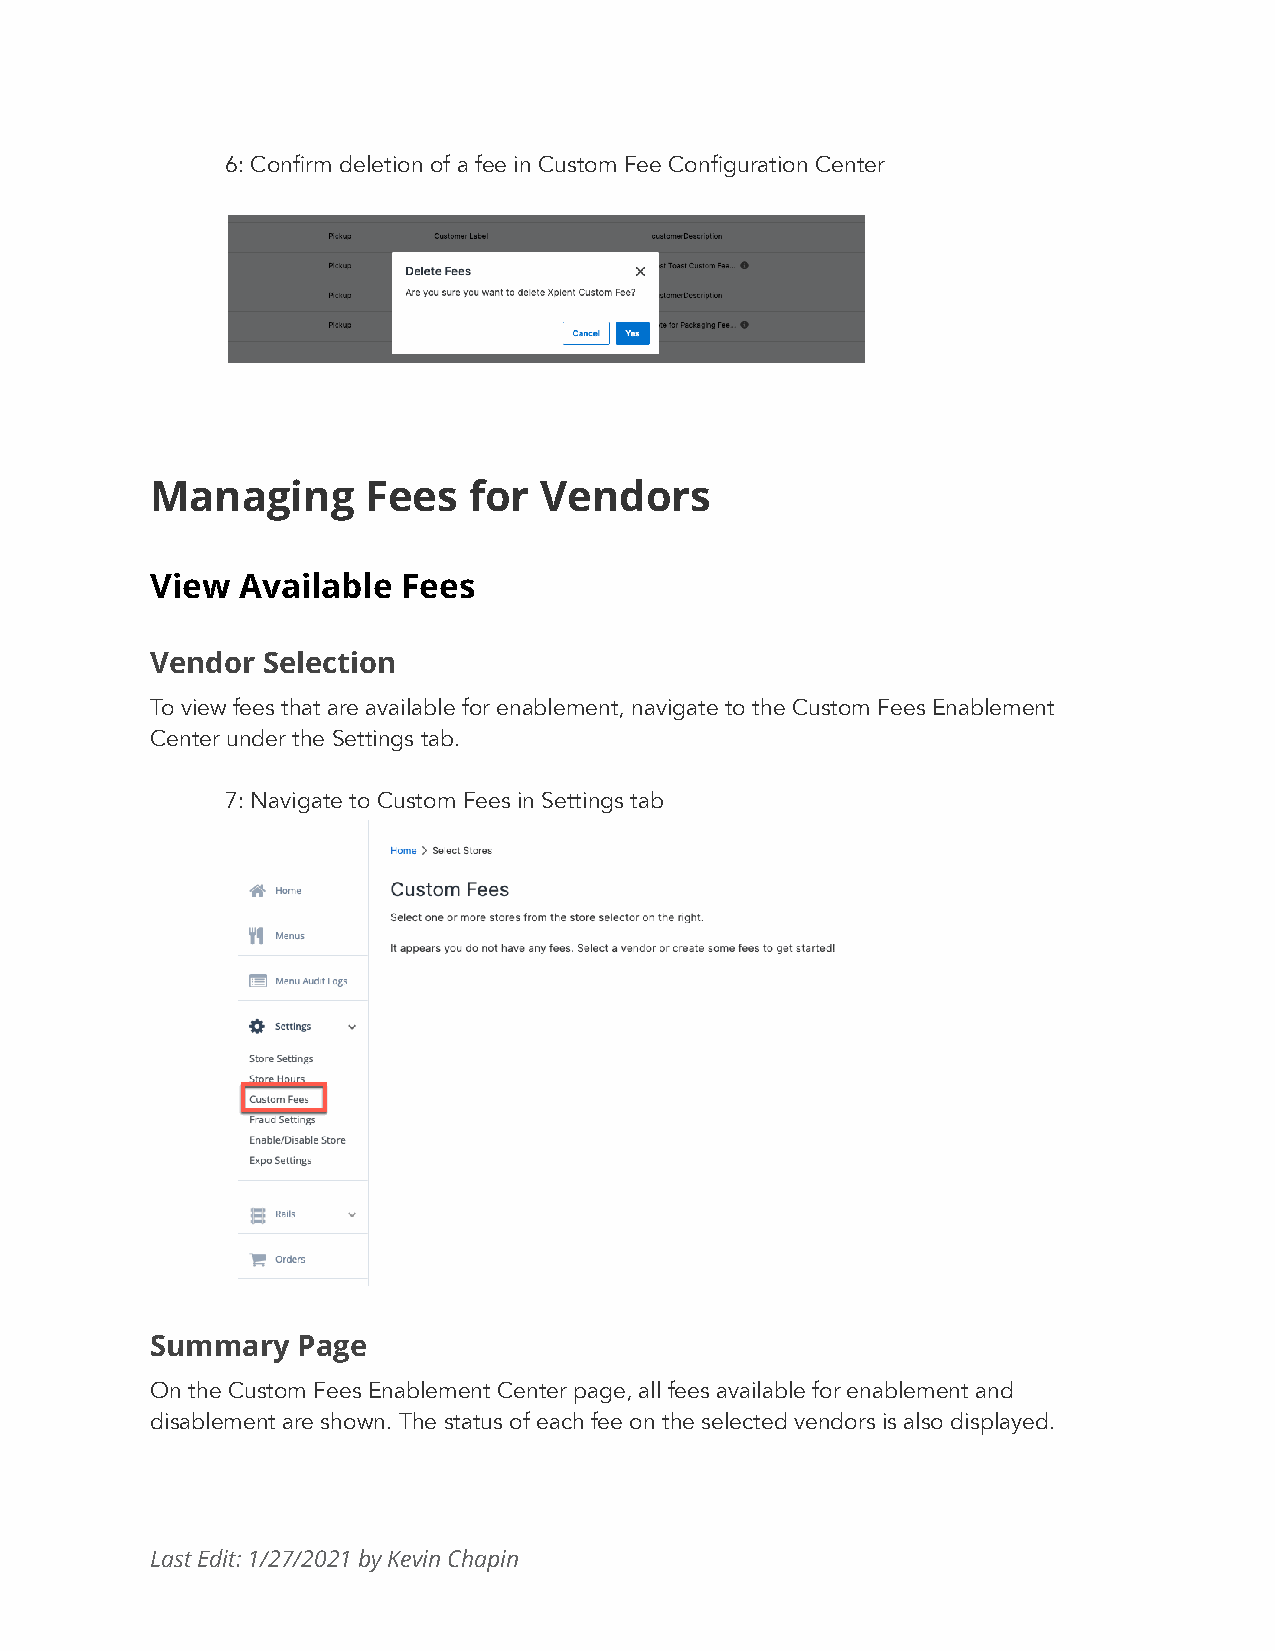
6: Confirm deletion of a fee in Custom Fee Configuration Center
 Managing      Fees   for  Vendors
 View  Available  Fees
 Vendor Selection
 To view fees that are available for enablement, navigate to the Custom Fees Enablement
 Center under the Settings tab.
 7: Navigate to Custom Fees in Settings tab
 Summary   Page
 On the Custom Fees Enablement Center page, all fees available for enablement and
 disablement are shown. The status of each fee on the selected vendors is also displayed.
 Last Edit: 1/27/2021 by Kevin Chapin